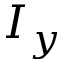
I _ { y }